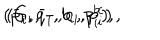
( \bar { p } _ { i } , \bar { q } _ { i } , b _ { i } , p _ { i } ^ { b } ) , \hspace { 0 . 5 c m } ( G _ { i } , - , c _ { i } , p _ { i } ^ { c } ) \, ,